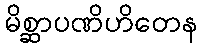
မိစ္ဆာပဏိဟိတေန